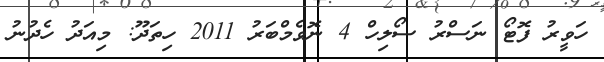
ހަވީރު ފޮޓޯ ނަސްރު ސޯލިހް 4 ނޮވެމްބަރު 2011 ހިތަދޫ: މިއަދު ހެދުނު